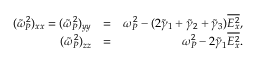
\begin{array} { r l r } { ( \tilde { \omega } _ { P } ^ { 2 } ) _ { x x } = ( \tilde { \omega } _ { P } ^ { 2 } ) _ { y y } } & { = } & { \omega _ { P } ^ { 2 } - ( 2 \tilde { \gamma } _ { 1 } + \tilde { \gamma } _ { 2 } + \tilde { \gamma } _ { 3 } ) \overline { { E _ { x } ^ { 2 } } } , } \\ { ( \tilde { \omega } _ { P } ^ { 2 } ) _ { z z } } & { = } & { \omega _ { P } ^ { 2 } - 2 \tilde { \gamma } _ { 1 } \overline { { E _ { x } ^ { 2 } } } . } \end{array}